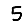
Digit: 5